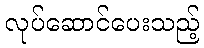
လုပ်ဆောင်ပေးသည့်